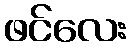
ဖင်လေး